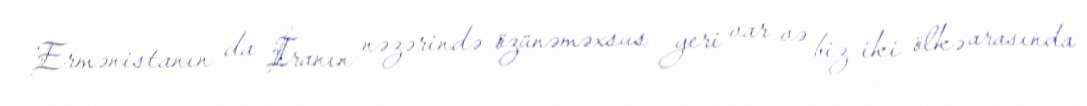
Ermənistanın da İranın nəzərində özünəməxsus yeri var və biz iki ölkə arasında